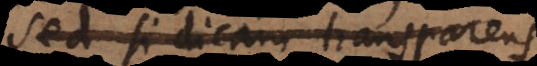
Sed si dicam transparens